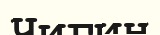
Чигин